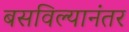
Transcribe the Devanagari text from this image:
बसविल्यानंतर